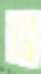
ট